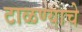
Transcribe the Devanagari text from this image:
टाळण्याचे